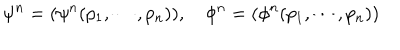
\psi ^ { n } = ( \psi ^ { n } ( p _ { 1 } , \cdots , p _ { n } ) ) , \quad \phi ^ { n } = ( \phi ^ { n } ( p _ { 1 } , \cdots , p _ { n } ) )